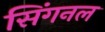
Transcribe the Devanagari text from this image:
सिंगनल